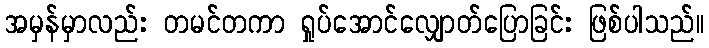
အမှန်မှာလည်း တမင်တကာ ရှုပ်အောင်လျှောတ်ပြောခြင်း ဖြစ်ပါသည်။